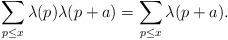
LaTeX: \begin{align*} \sum_{p \leq x} \lambda(p)\lambda(p+a)=\sum_{p \leq x} \lambda(p+a). \end{align*}